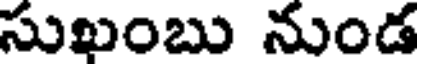
సుఖంబు నుండ